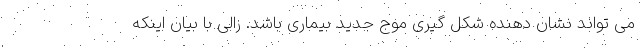
می تواند نشان دهنده شکل گیری موج جدید بیماری باشد. زالی با بیان اینکه